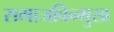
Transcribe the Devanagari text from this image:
समाजविन्मुख